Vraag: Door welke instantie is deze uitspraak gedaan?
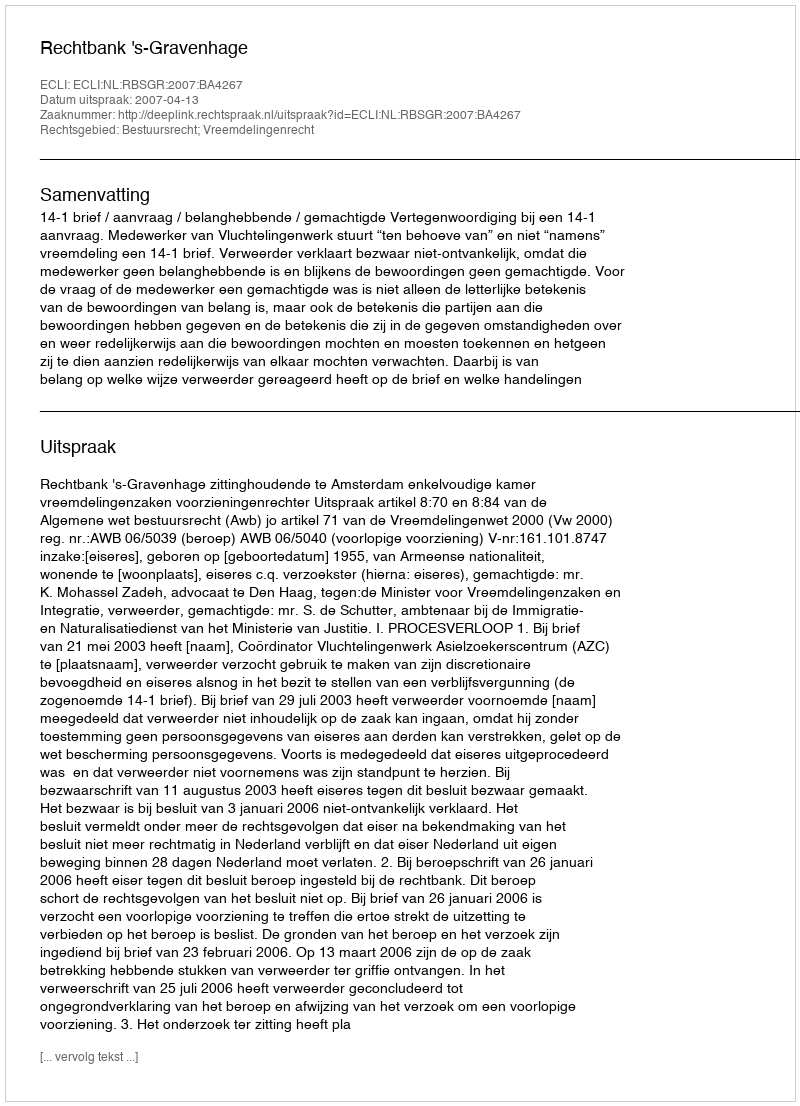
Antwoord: Rechtbank 's-Gravenhage